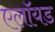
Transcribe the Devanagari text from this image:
एलॉयड